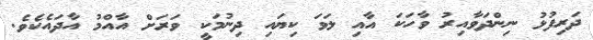
ދަރިފުޅު ނިންދަވާއިރު ވާހަކަ އާއި ލަވަ ކިޔައި ދިނުމަކީ ވަރަށް އާއްމު އާދައެކެވެ.